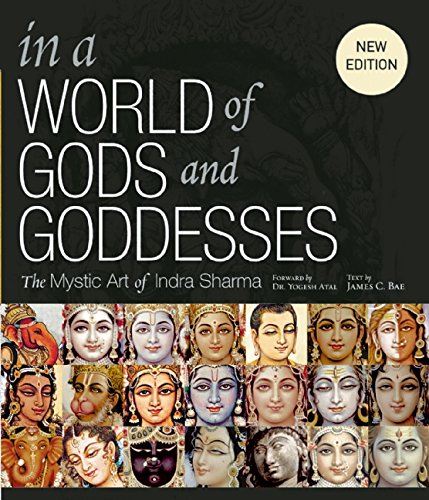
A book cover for In a World of Gods and Goddesses: The Mystic Art of Indra Sharma; James H. Bae; Arts & Photography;